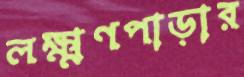
লক্ষ্মণপাড়ার